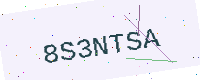
Text: 8S3NTSA